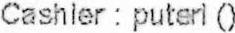
CASHIER : PUTERI ()